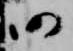
仍